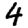
Digit: 4